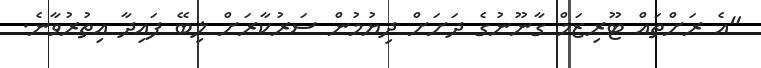
"އެ ރަށްތައް ޓޫރިޒަމް ގާނޫނުގެ ދަށަށް ދިޔުމުން ސަރުކާރަށް ލިބޭ ފައިދާ އިތުރުވާނެ.